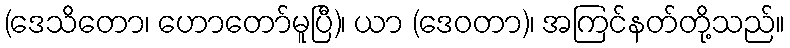
(ဒေသိတော၊ ဟောတော်မူပြီ)၊ ယာ (ဒေဝတာ)၊ အကြင်နတ်တို့သည်။